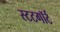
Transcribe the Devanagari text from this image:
स्टटगॉर्ट